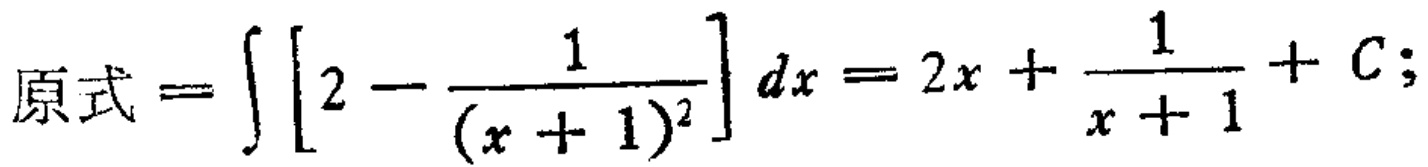
原式 = \(\int \left[2 - \frac{1}{(x + 1)^2}\right] dx = 2x + \frac{1}{x + 1} + C;\)